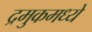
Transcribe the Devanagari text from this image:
द्रमुकमध्ये